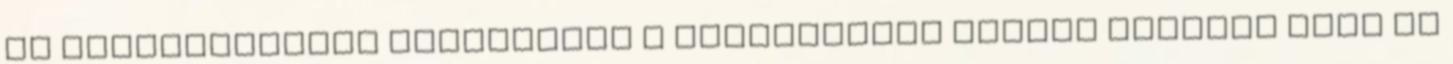
az evangélikusok iskolaháza a parochiális háztól keletre ahol az